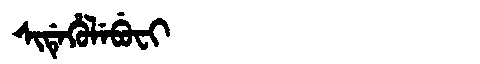
Manchu: ᠰᡳᡩᡝᡥᡠᠯᡝᠪᡠᠸᡳ
Romanization: SIDEHULEBUFI